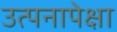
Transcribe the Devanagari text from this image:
उत्पनापेक्षा